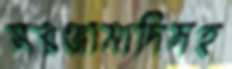
সরঞ্জামাদিসহ